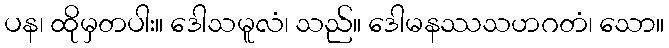
ပန၊ ထိုမှတပါး။ ဒေါသမူလံ၊ သည်။ ဒေါမနဿသဟဂတံ၊ သော။